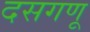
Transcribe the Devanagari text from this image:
दसगणू